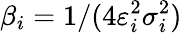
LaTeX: \beta_{i}=1/(4\varepsilon_{i}^{2}\sigma_{i}^{2})